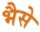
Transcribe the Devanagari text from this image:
भैसे